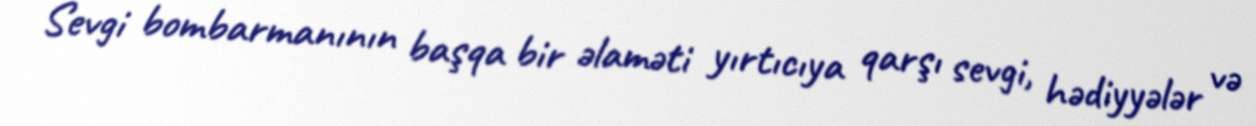
Sevgi bombarmanının başqa bir əlaməti yırtıcıya qarşı sevgi, hədiyyələr və